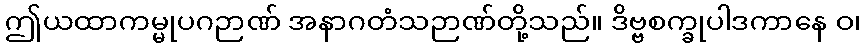
ဤယထာကမ္မုပဂဉာဏ် အနာဂတံသဉာဏ်တို့သည်။ ဒိဗ္ဗစက္ခုပါဒကာနေ ဝ၊